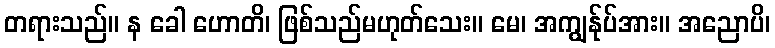
တရားသည်။ န ခေါ ဟောတိ၊ ဖြစ်သည်မဟုတ်သေး။ မေ၊ အကျွန်ုပ်အား။ အညောပိ၊